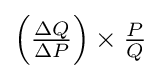
\left({\tfrac {\Delta Q}{\Delta P}}\right)\times {\tfrac {P}{Q}}